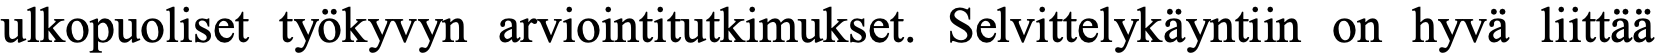
ulkopuoliset työkyvyn arviointitutkimukset. Selvittelykäyntiin on hyvä liittää